Notes on vaccination in the North-West Frontier Province 1923-1928 - 1923-1928
Year: 1923
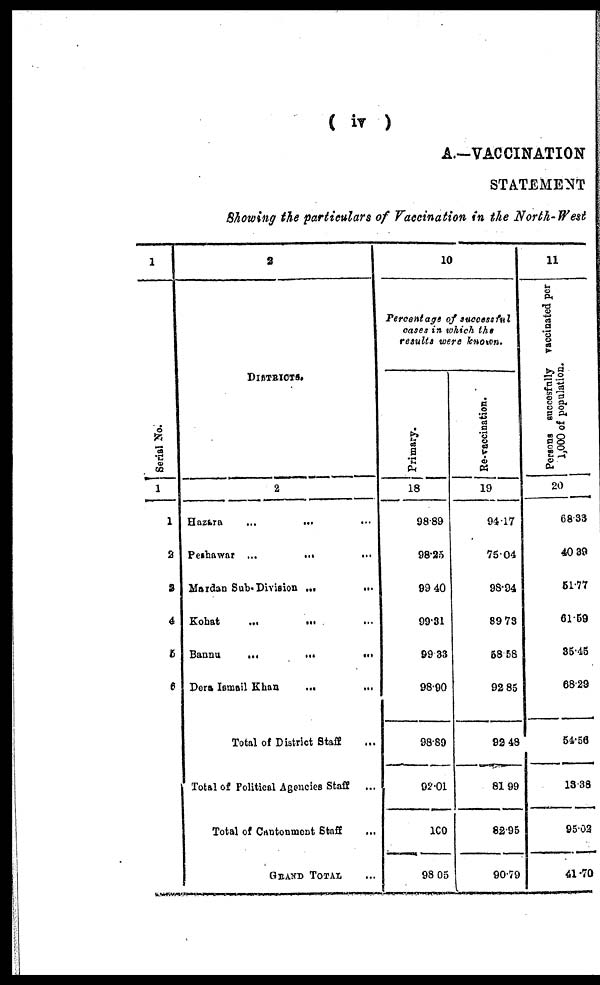
( iv )
A.—VACCINATION
STATEMENT
Showing the particulars of Vaccination in the North-West
1
Serial No.
1
1
2
3
4
5
6
2
DISTRICTS.
2
Hazara
...
...
...
Peshawar
...
...
...
Mardan Sub-Division
...
...
Kohat
...
...
...
Bannu
...
...
...
Dera Ismail Khan
...
...
Total of District Staff ...
Total of Political Agencies Staff
...
Total of Cantonment Staff ...
GRAND TOTAL ...
10
Percentage of successful
cases in which the
results were known.
Primary.
18
98.89
98.25
99.40
99.31
99.33
98.90
98.89
92.01
100
98.05
Re-vaccination.
19
94.17
75.04
98.94
89.73
58.58
92.85
92.48
81.99
82.95
90.79
11
Persons succesfully vaccinated per
1,000 of population.
20
68.33
40.39
51.77
61.59
35.45
68.29
54.56
13.38
95.02
41.70